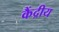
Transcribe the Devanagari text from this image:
कैंद्रीय